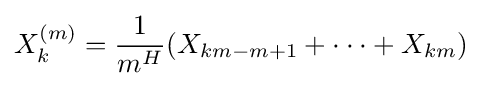
X_{k}^{(m)}={\frac {1}{m^{H}}}(X_{km-m+1}+\cdot \cdot \cdot +X_{km})